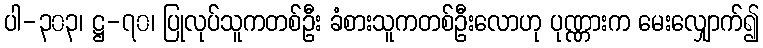
ပါ-၃၀၃၊ ဋ္ဌ-၇၀၊ ပြုလုပ်သူကတစ်ဦး ခံစားသူကတစ်ဦးလောဟု ပုဏ္ဏားက မေးလျှောက်၍